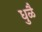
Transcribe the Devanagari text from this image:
धुळै